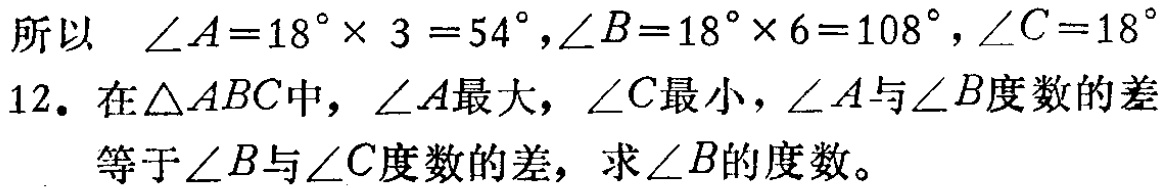
所以 $\angle A = 18^{\circ}× 3 = 54^{\circ},\angle B = 18^{\circ}× 6 = 108^{\circ},\angle C = 18^{\circ}$
12. 在$\triangle ABC$中，$\angle A$最大，$\angle C$最小，$\angle A$与$\angle B$度数的差
  等于$\angle B$与$\angle C$度数的差，求$\angle B$的度数。